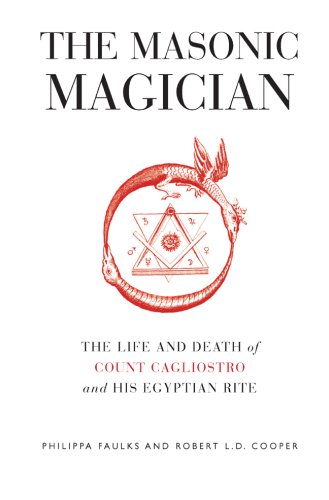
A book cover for The Masonic Magician: The Life and Death of Count Cagliostro and His Egyptian Rite; Philippa Faulks; Religion & Spirituality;